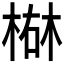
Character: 𪲴